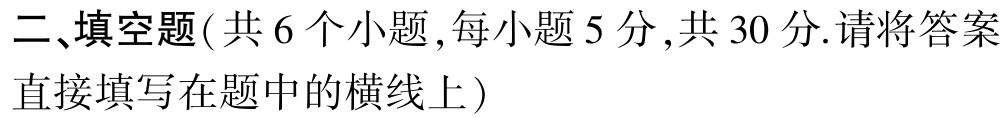
二、填空题(共 6 个小题,每小题 5 分,共 30 分.请将答案直接填写在题中的横线上)